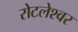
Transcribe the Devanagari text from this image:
रोटलेश्वर